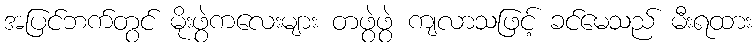
အပြင်ဘက်တွင် မိုးဖွဲကလေးများ တဖွဲဖွဲ ကျလာသဖြင့် ခင်မေသည် မီးရထား